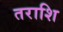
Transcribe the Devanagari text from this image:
तराशि